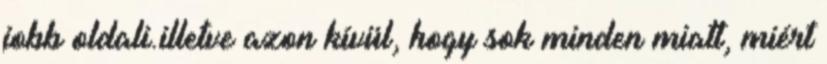
jobb oldali.illetve azon kívül, hogy sok minden miatt, miért